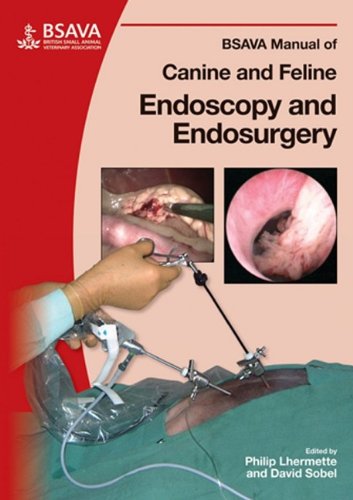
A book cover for BSAVA Manual of Canine and Feline Endoscopy and Endosurgery; Medical Books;